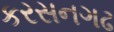
કરસનગઢ